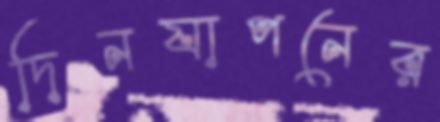
দিনযাপনের